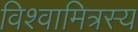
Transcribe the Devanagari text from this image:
विश्वामित्रस्य